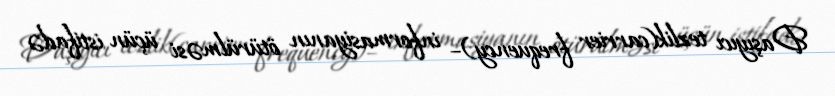
Daşıyıcı tezlik(carrier frequency)– informasiyanın ötürülməsi üçün istifadə